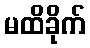
မထိခိုက်